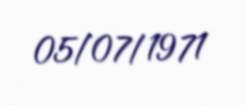
05/07/1971